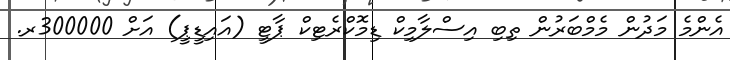
އެންމެ މަދުން މެމްބަރުން ތިބި އިސްލާމިކް ޑިމޮކްރެޓިކް ޕާޓީ (އައިޑީޕީ) އަށް 300000ރ.